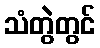
သံတွဲတွင်